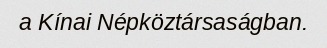
a Kínai Népköztársaságban.